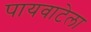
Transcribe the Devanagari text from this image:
पायवाटेला